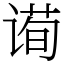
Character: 䜦